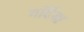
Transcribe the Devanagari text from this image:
गर्दिया